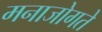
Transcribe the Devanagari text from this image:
मनाजोगते